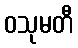
ဝသုမတီ